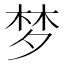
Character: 梦